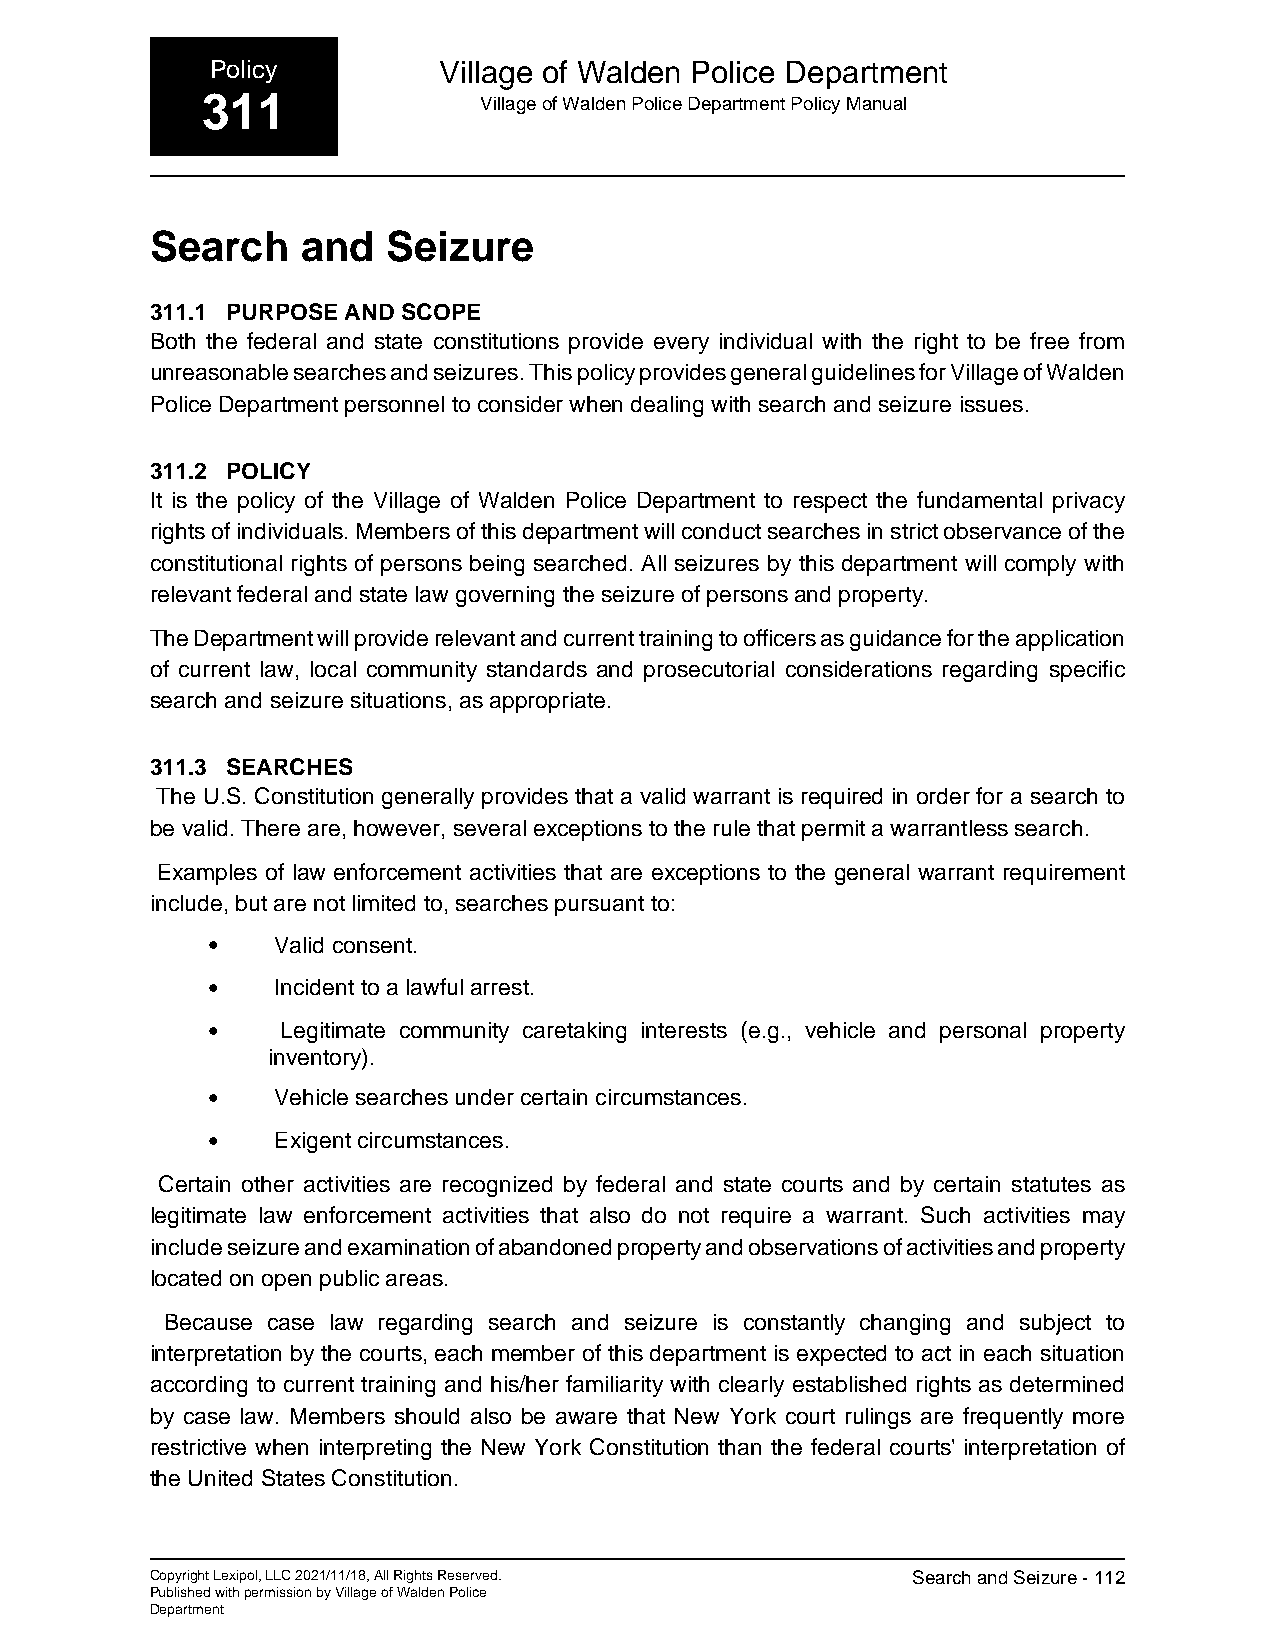
Policy         Village of Walden Police Department
 311                Village of Walden Police Department Policy Manual
 Search    and   Seizure
 311.1 PURPOSE AND SCOPE
 Both the federal and state constitutions provide every individual with the right to be free from
 unreasonable searches and seizures. This policy provides general guidelines for Village of Walden
 Police Department personnel to consider when dealing with search and seizure issues.
 311.2 POLICY
 It is the policy of the Village of Walden Police Department to respect the fundamental privacy
 rights of individuals. Members of this department will conduct searches in strict observance of the
 constitutional rights of persons being searched. All seizures by this department will comply with
 relevant federal and state law governing the seizure of persons and property.
 The Department will provide relevant and current training to officers as guidance for the application
 of current law, local community standards and prosecutorial considerations regarding specific
 search and seizure situations, as appropriate.
 311.3 SEARCHES
 The U.S. Constitution generally provides that a valid warrant is required in order for a search to
 be valid. There are, however, several exceptions to the rule that permit a warrantless search.
 Examples of law enforcement activities that are exceptions to the general warrant requirement
 include, but are not limited to, searches pursuant to:
 •   Valid consent.
 •   Incident to a lawful arrest.
 •    Legitimate community caretaking interests (e.g., vehicle and personal property
 inventory).
 •   Vehicle searches under certain circumstances.
 •   Exigent circumstances.
 Certain other activities are recognized by federal and state courts and by certain statutes as
 legitimate law enforcement activities that also do not require a warrant. Such activities may
 include seizure and examination of abandoned property and observations of activities and property
 located on open public areas.
 Because case law regarding search and seizure is constantly changing and subject to
 interpretation by the courts, each member of this department is expected to act in each situation
 according to current training and his/her familiarity with clearly established rights as determined
 by case law. Members should also be aware that New York court rulings are frequently more
 restrictive when interpreting the New York Constitution than the federal courts' interpretation of
 the United States Constitution.
 Copyright Lexipol, LLC 2021/11/18, All Rights Reserved. Search and Seizure - 112
 Published with permission by Village of Walden Police
 Department